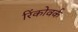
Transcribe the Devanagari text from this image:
रिंकोवर्क